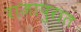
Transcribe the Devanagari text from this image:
राजापुरात